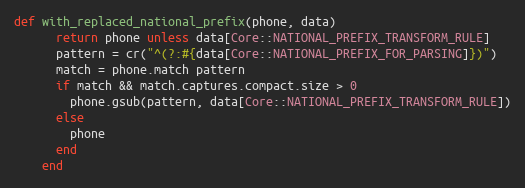
Language: Ruby
def with_replaced_national_prefix(phone, data)
      return phone unless data[Core::NATIONAL_PREFIX_TRANSFORM_RULE]
      pattern = cr("^(?:#{data[Core::NATIONAL_PREFIX_FOR_PARSING]})")
      match = phone.match pattern
      if match && match.captures.compact.size > 0
        phone.gsub(pattern, data[Core::NATIONAL_PREFIX_TRANSFORM_RULE])
      else
        phone
      end
    end